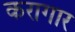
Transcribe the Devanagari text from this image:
करागार